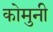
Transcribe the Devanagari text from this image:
कोमुनी